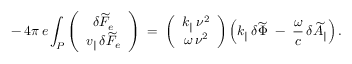
- \, 4 \pi \, e \int _ { P } \left( \begin{array} { c } { \delta \widetilde { F } _ { e } } \\ { v _ { \| } \, \delta \widetilde { F } _ { e } } \end{array} \right) \; = \; \left( \begin{array} { c } { k _ { \| } \, \nu ^ { 2 } } \\ { \omega \, \nu ^ { 2 } } \end{array} \right) \left( k _ { \| } \, \delta \widetilde { \Phi } \; - \; \frac { \omega } { c } \, \delta \widetilde { A } _ { \| } \right) .